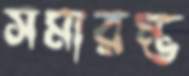
সমারম্ভ